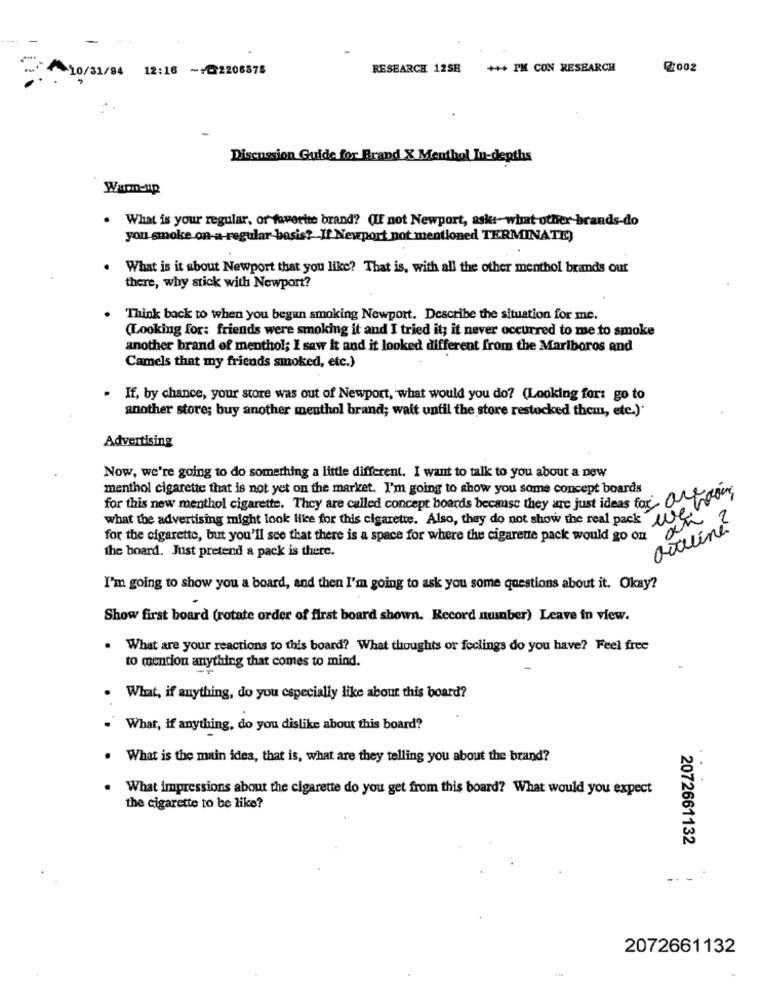
10/31/94 12:16 ->@2206878
RESEARCH 12SB
+++ PM CON RESEARCH
@:002
Discussion Guide for Brand X Menthol In-depths
Warm-up
. What is your regular, or favorite brand? (IF not Newport, askt-what other brands-do
you smoke on-a-regular basis? If Newport not mentioned TERMINATE)
What is it about Newport that you like? That is, with all the other menthol brands our
there, why stick with Newport?
Think back to when you began smoking Newport. Describe the situation for me.
(Looking for: friends were smoking it and I tried it; it never occurred to me to smoke
another brand of menthol; I saw it and it looked different from the Mariboros and
Camels that my friends smoked, etc.)
. If, by chance, your store was out of Newport, what would you do? (Looking for: go to
another store; buy another menthol brand; wait until the store restocked them, etc.)'
Advertising
Now, we're going to do something a little different. I want to talk to you about a new
menthol cigarette that is not yet on the market. I'm going to show you some concept boards
for this new menthol cigarette. They are called concept boards because they are just ideas for an
what the advertising might look like for this cigarette. Also, they do not show the real pack wh
2
for the cigarette, but you'll see that there is a space for where the cigarette pack would go on
the board. Just pretend a pack is there.
I'm going to show you a board, and then I'm going to ask you some questions about it. Okay?
Show first board (rotate order of first board shown. Record number) Leave in view.
What are your reactions to this board? What thoughts or feclings do you have? Feel free
to mention anything that comes to mind.
What, if anything, do you especially like about this board?
What, if anything, do you dislike about this board?
What is the main idea, that is, what are they telling you about the brand?
What impressions about the cigarette do you get from this board? What would you expect
the cigarette to be like?
2072661132
.-
2072661132